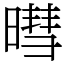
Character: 暳